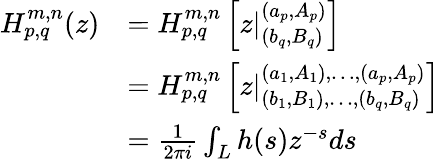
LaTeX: \begin{array}{rl}{H_{p,q}^{m,n}(z)}&{=H_{p,q}^{m,n}\left[z|_{(b_{q},B_{q})}^{(a_{p},A_{p})}\right]}\\ &{=H_{p,q}^{m,n}\left[z|_{(b_{1},B_{1}),\ldots,(b_{q},B_{q})}^{(a_{1},A_{1}),\ldots,(a_{p},A_{p})}\right]}\\ &{=\frac{1}{2\pi i}\int_{L}h(s)z^{-s}ds}\end{array}